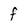
Character: f